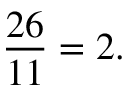
{ \frac { 2 6 } { 1 1 } } = 2 .